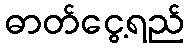
ဓာတ်ငွေ့ရည်